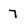
Character: 7